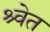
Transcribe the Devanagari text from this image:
श्र्वेत